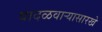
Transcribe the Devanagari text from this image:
वादळवाऱ्यासारखे